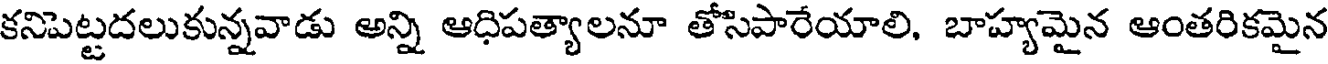
కనిపెట్టదలుకున్నవాడు అన్ని ఆధిపత్యాలనూ తోసిపారేయాలి, బాహ్యమైన ఆంతరికమైన